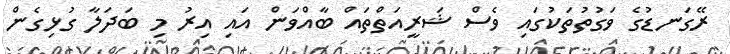
ރޭގަނޑުގެ ވަގުތުތަކުގައި ވެސް ޝަރީއަތްތައް ބާއްވަން އައި އިރު މި ބަދަލާ ގުޅިގެން